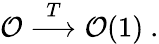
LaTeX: \mathcal{O}\stackrel{T}{\longrightarrow}\mathcal{O}(1)\ .